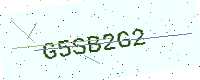
Text: G5SB2G2